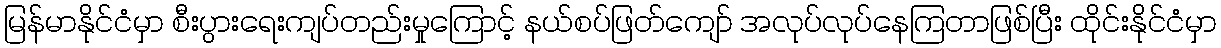
မြန်မာနိုင်ငံမှာ စီးပွားရေးကျပ်တည်းမှုကြောင့် နယ်စပ်ဖြတ်ကျော် အလုပ်လုပ်နေကြတာဖြစ်ပြီး ထိုင်းနိုင်ငံမှာ